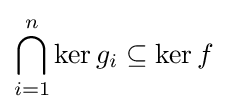
\bigcap _{i=1}^{n}\ker g_{i}\subseteq \ker f